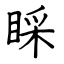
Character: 睬